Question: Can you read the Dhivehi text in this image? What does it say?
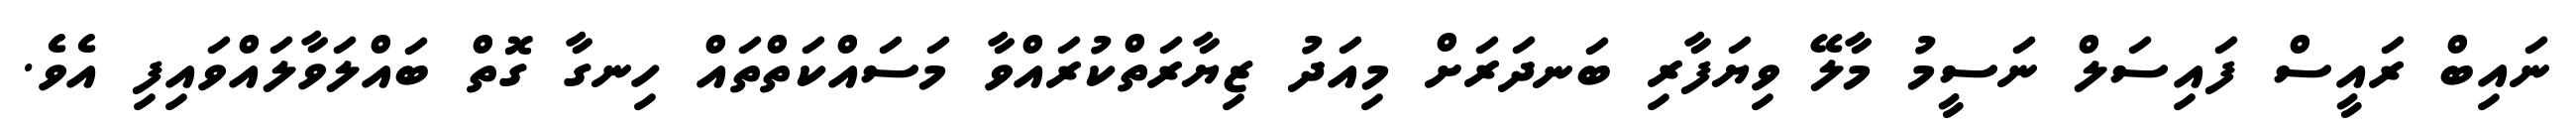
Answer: ނައިބް ރައީސް ފައިސަލް ނަސީމު މާލޭ ވިޔަފާރި ބަނދަރަށް މިއަދު ޒިޔާރަތްކުރައްވާ މަސައްކަތްތައް ހިނގާ ގޮތް ބައްލަވާލައްވައިފި އެވެ.